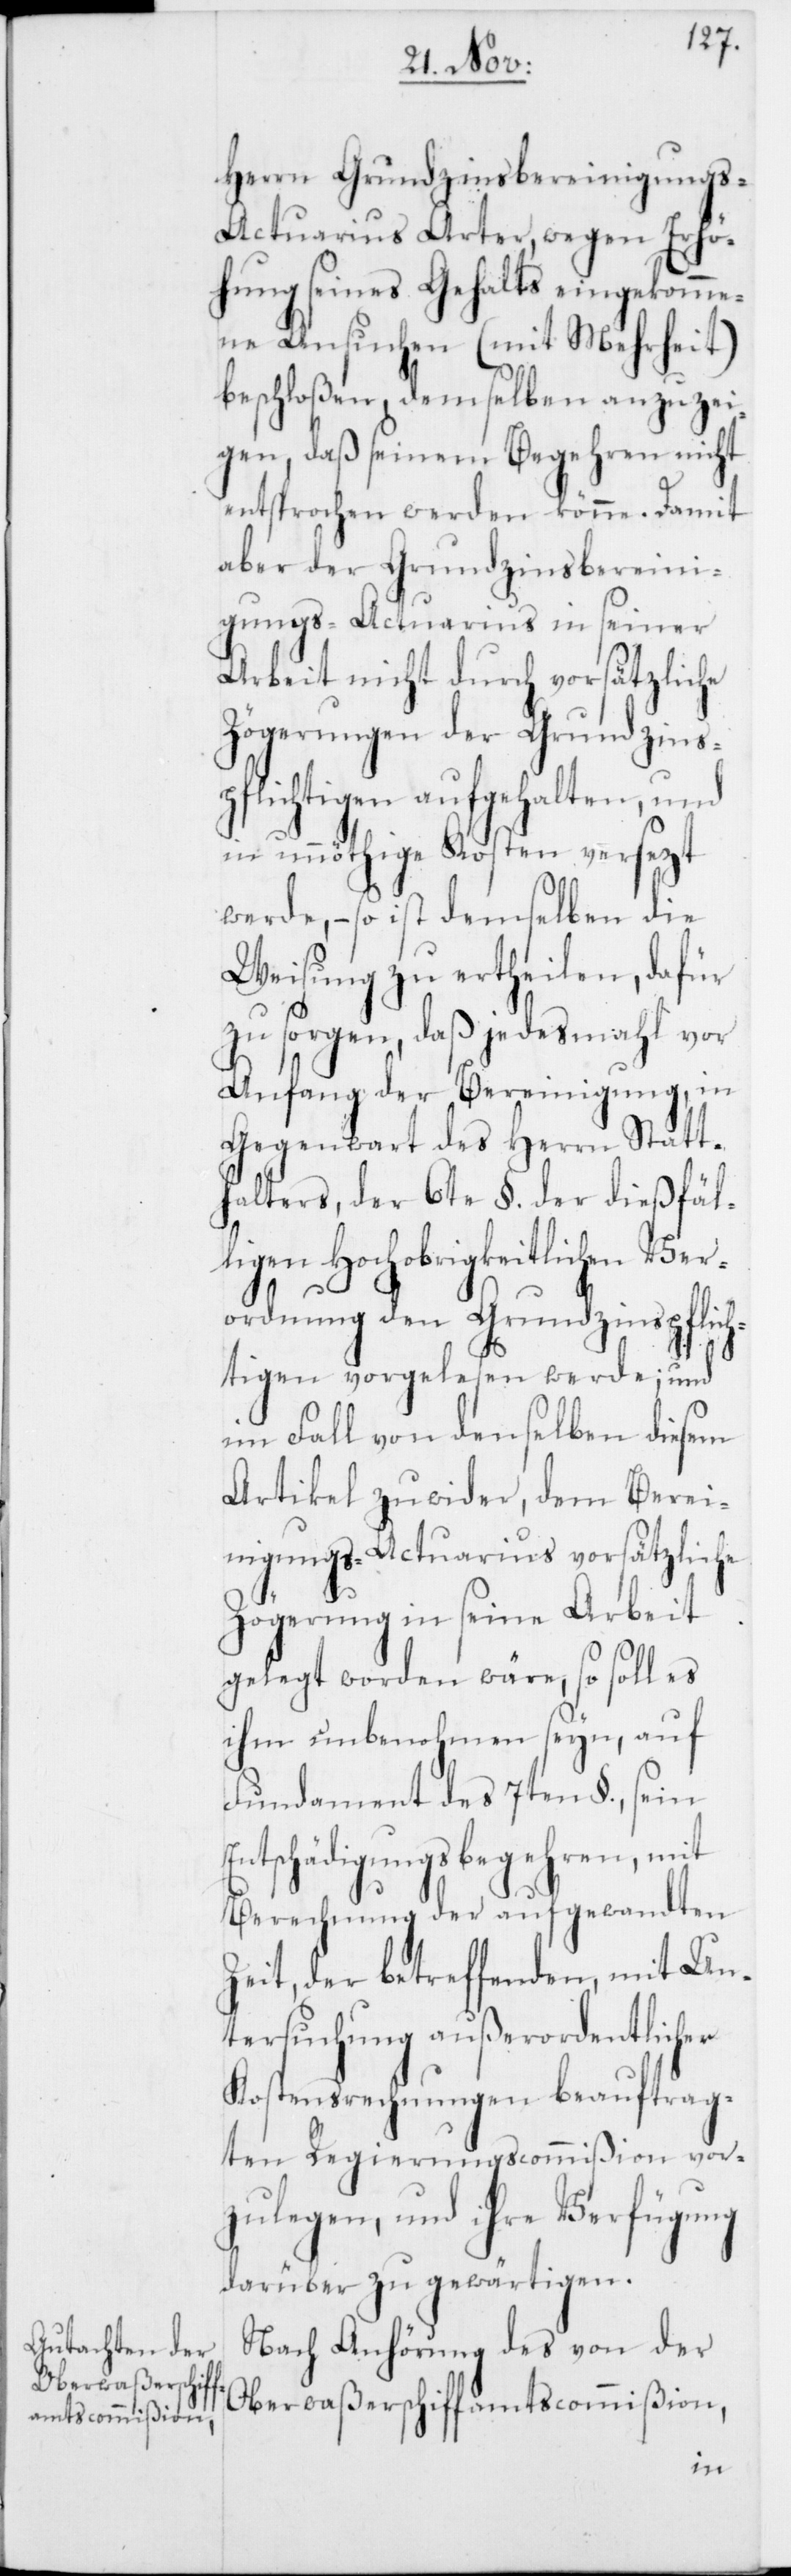
Herrn Grundzinsbereinigung¬
s-Actuarius Arter, wegen Erhö¬
hung seines Gehalts eingekomme¬
ne Ansuchen (mit Mehrheit)
beschloßen, demselben anzuzei¬
gen, daß seinem Begehren nicht
entsprochen werden könne. Damit
aber der Grundzinsberein¬
igungs-Actuarius in seiner
Arbeit nicht durch vorsätzliche
Zögerung der Grundzins¬
pflichtigen aufgehalten, und
in unnöthige Kosten versezt
werde, – so ist demselben die
Weisung zu ertheilen, dafür
zu sorgen, daß jedesmahl vor
Anfang der Bereinigung, in
Gegenwart des Herrn Statt¬
halters, der 6te §. der dießfäl¬
ligen Hochobrigkeitlichen Ver¬
ordnung den Grundzinspflic¬
htigen vorgelesen werde; und
im Fall von denselben diesem
Artikel zuwider, dem Berei¬
nigungs-Actuarius vorsätzliche
Zögerung in seine Arbeit
gelegt worden wäre, so soll es
ihm unbenohmen seyn, auf
Fundament des 7ten §., sein
Entschädigungsbegehren, mit
Berechnung der angewandten
Zeit, der betreffenden, mit Un¬
tersuchung außerordentlicher
Kostensrechnungen beauftrag¬
ten Regierungscommißion vor¬
zulegen, und ihre Verfügung
darüber zu gewärtigen.
Nach Anhörung des von der
Oberwaßerschiffamtscommißion,